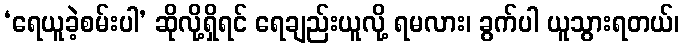
‘ရေယူခဲ့စမ်းပါ’ ဆိုလို့ရှိရင် ရေချည်းယူလို့ ရမလား၊ ခွက်ပါ ယူသွားရတယ်၊